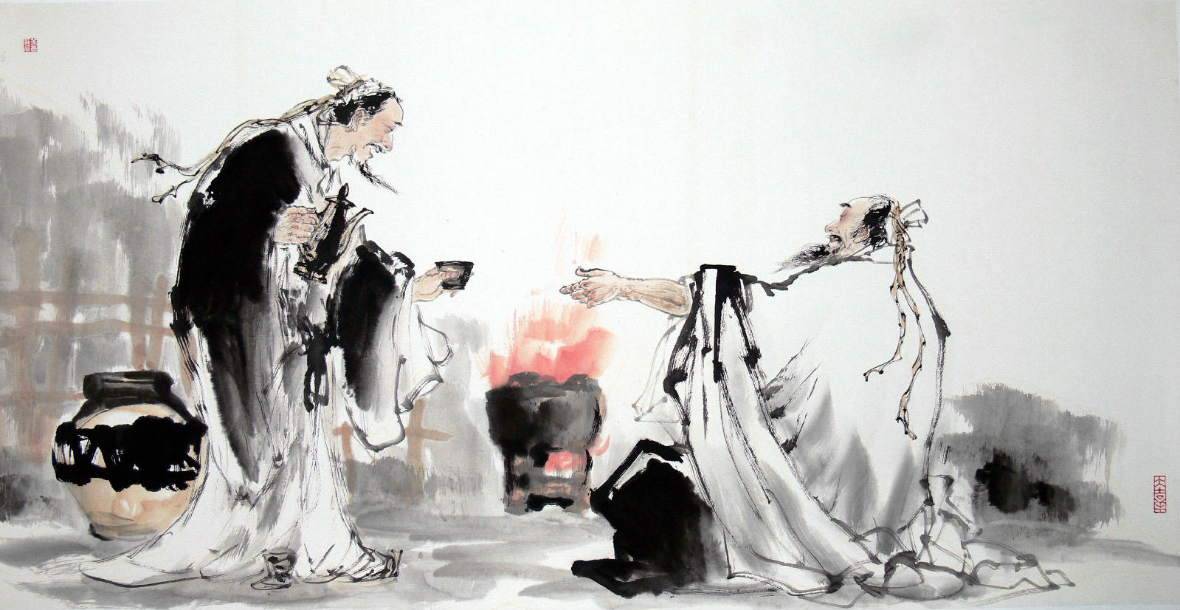
欲持一瓢酒，远慰风雨夕。